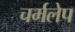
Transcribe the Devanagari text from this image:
चर्मलेप